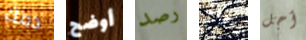
دمك أوضح رصد الوعد أجل